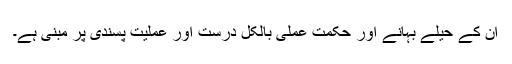
ان کے حیلے بہانے اور حکمت عملی بالکل درست اور عملیت پسندی پر مبنی ہے۔